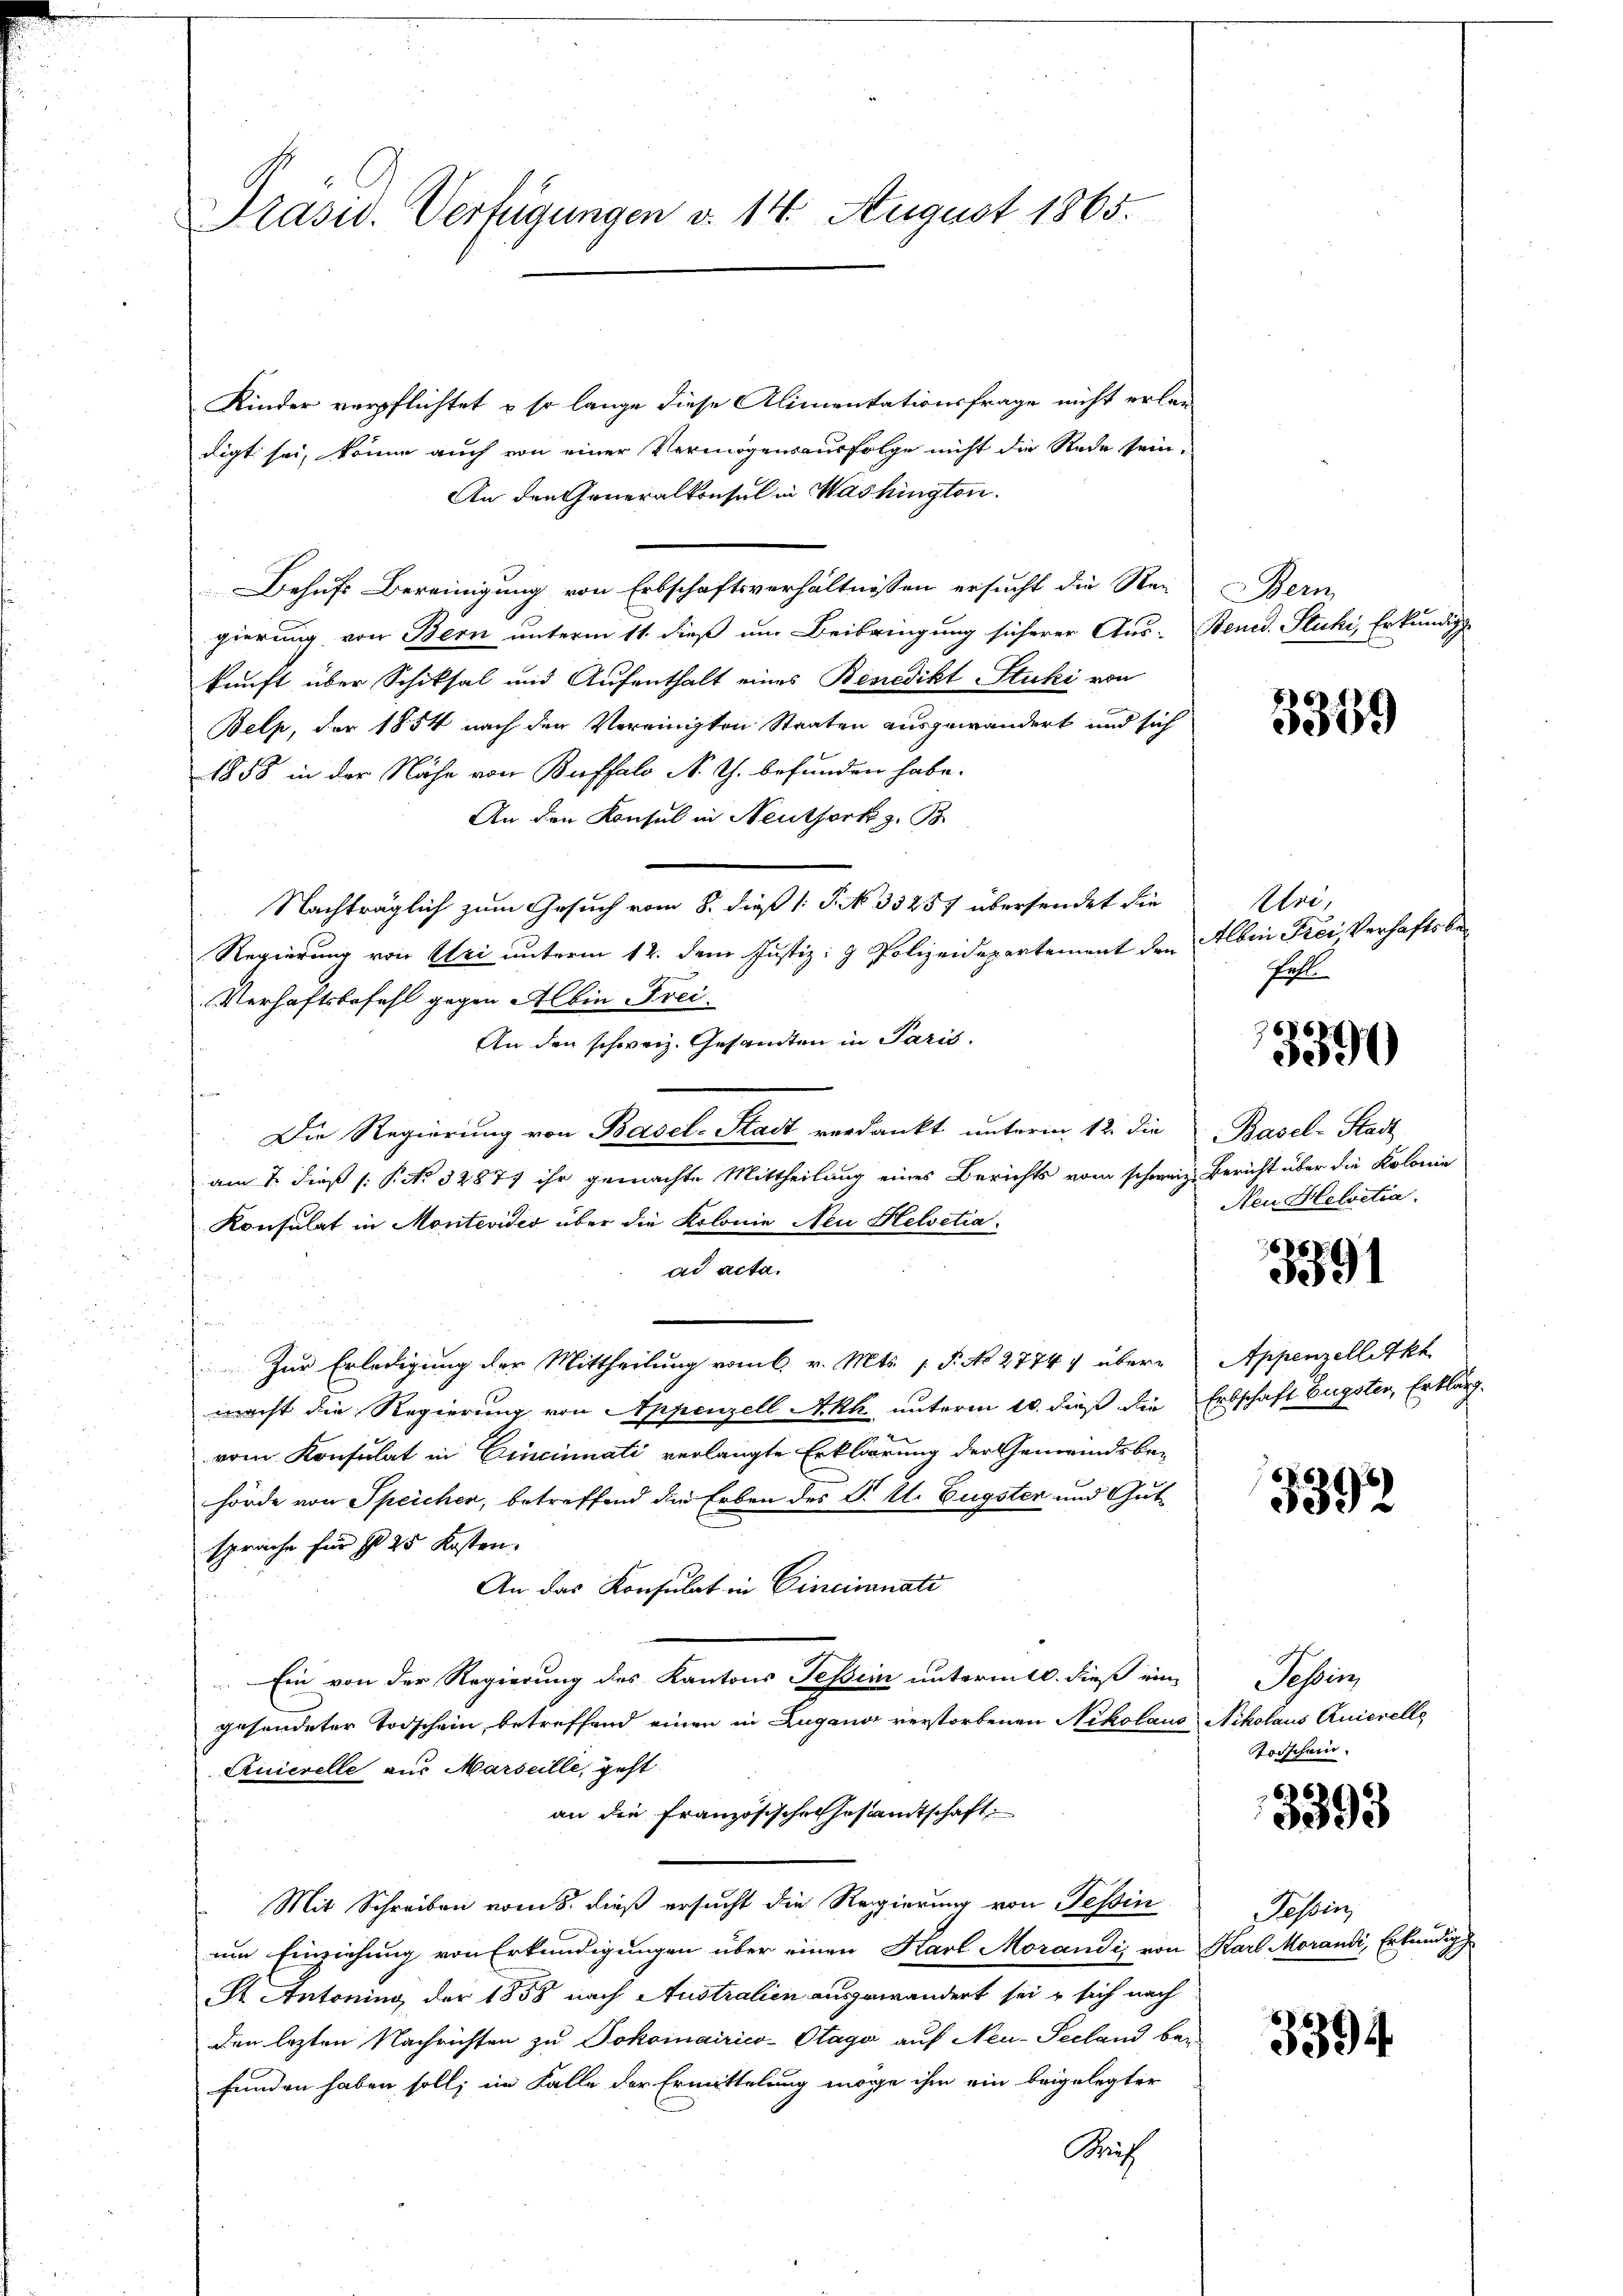
Prasid. Verfügungen v. 14. August 1865.

Kinder verpflichtet u so lange diese Alimentationsfrage nicht erlan-
digt sei, könne auch von einer Vermögensausfolge nicht die Rede sein.
An den Generalkonsul in Washington.
Behufs Bereinigung von Erbschaftsverhältnissen ersucht die Re-
gierung von Bern unterm 11. dieß um Beibringung sicherer Aus- Bened. Stucki, Erkundig
kunft über Schiksal und Aufenthalt eines Benedikt Stucki von
Belp, der 1854 nach den Vereinigten Staaten ausgewandert und sich
1858 in der Nähe von Buffalo N. Th. befunden habe.
An den Konsul in Neuthork z. B.
Nachträglich zum Gesuch vom 8. dieß (: P. N. 35257 übersendet die
Regierung von Uri unterm 12. dem Justiz- & Polizeidepartement den Alber Frei, Verhaftsbe¬
Verhaftsbefehl gegen Albin Frei¬
An den schweiz. Gesandten in Paris.
s
Die Regierung von Basel-Stadt verdankt unterm 12. die Basel-Stadt
am & dieß (NNo. 32877 ihr gemachte Mittheilung eines Berichts vom schweiz. Bericht über die Kolonie
Konsulat in Montevideo über die Kolonie Neu Helvetia.
ad acta.
Zur Erledigung der Mittheilung vom v. Mts. 1 S. No 2774 übermacht die Regierung von Appenzell Akh unterm 10. dieß die Erbschaft Eugsten, Erklärt.
vom Konsulat in Cincinnati verlangte Erklärung der Gemeindsbehörde von Speicher, betreffend der Erben des P. U. Eugsten und Gutsprache für § 25 Kosten.
An das Konsulat in Cinciminati
Ein von der Regierung des Kantons Tessin unterm 10. dieß ein-
gesondeter Todschein, betreffend einen in Lugano verstorbenen Nikolaus Nikolaus Quierelle
Quierelle aus Marseille, geht
an die Französische Gesandtschaft
Mit Schreiben vom 8. dieß ersucht die Regierung von Tessin
um Einziehung von Erkundigungen über einen Karl Morandis von Karl Morandi, Erkundig
St Antoning der 1858 nach Australien ausgewandert sei & sich nach
den letzten Nachrichten zu Dokomairico-Otage auf Neu-Pecland bei
funden haben soll; im Falle der Ermittelung möge ihm ein beigelegter
Mith

Bern

3359

Uri,
Fell

6
5390

Neu Helvetia.

3391

Appenzellitkt

3392

Tessin,
Torschein.

3393

Tessin,

3394